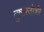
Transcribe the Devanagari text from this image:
तुषारजोशी